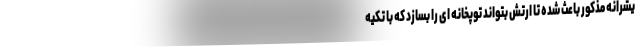
یشرانه مذکور باعث شده تا ارتش بتواند توپخانه ای را بسازد که با تکیه